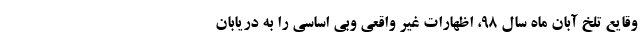
وقایع تلخ آبان ماه سال ۹۸، اظهارات غیر واقعی وبی اساسی را به دریابان